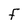
Character: F